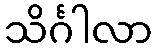
သိင်္ဂါလာ